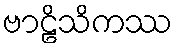
ဗာဠိသိကဿ